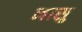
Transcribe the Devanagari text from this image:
नासु